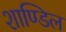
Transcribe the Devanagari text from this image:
शाण्डिल